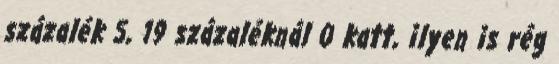
százalék 5, 19 százaléknál 0 katt, ilyen is rég